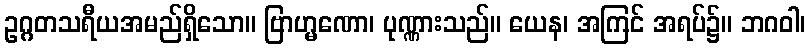
ဥဂ္ဂတသရီယအမည်ရှိသော။ ဗြာဟ္မဏော၊ ပုဏ္ဏားသည်။ ယေန၊ အကြင် အရပ်၌။ ဘဂဝါ၊